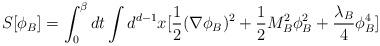
LaTeX: \begin{align*}S[\phi_{B}]=\int_{0}^{\beta}dt\int d^{d-1}x[\frac{1}{2} (\nabla\phi_{B})^{2} + \frac{1}{2} M^{2}_{B} \phi^{2}_{B} + \frac{\lambda_{B}}{4}\phi^{4}_{B}]\end{align*}